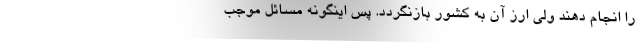
را انجام دهند ولی ارز آن به کشور بازنگردد. پس اینگونه مسائل موجب